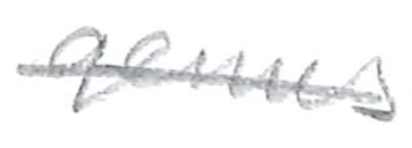
Text: genus
Cross-out: single-line
Writing tool: pencil